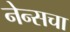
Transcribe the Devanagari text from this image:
नेन्सचा